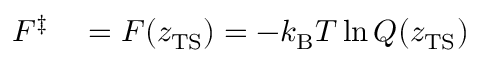
\begin{array} { r l } { F ^ { \ddagger } } & { { } = F ( z _ { \mathrm { T S } } ) = - k _ { \mathrm { B } } T \ln Q ( z _ { \mathrm { T S } } ) } \end{array}